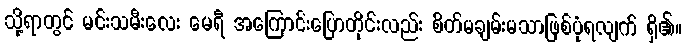
သို့ရာတွင် မင်းသမီးလေး မေရီ အကြောင်းပြောတိုင်းလည်း စိတ်မချမ်းမသာဖြစ်ပုံရလျက် ရှိ၏။